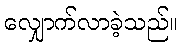
လျှောက်လာခဲ့သည်။